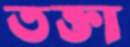
তক্তা